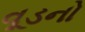
વૂડનો